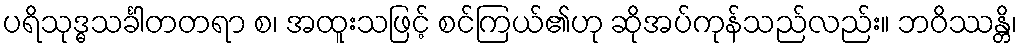
ပရိသုဒ္ဓသင်္ခါတတရာ စ၊ အထူးသဖြင့် စင်ကြယ်၏ဟု ဆိုအပ်ကုန်သည်လည်း။ ဘဝိဿန္တိ၊